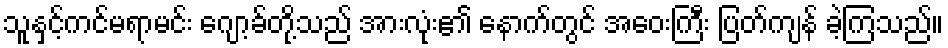
သူနှင့်ကင်မရာမင်း ဂျော့ခ်တို့သည် အားလုံး၏ နောက်တွင် အဝေးကြီး ပြတ်ကျန် ခဲ့ကြသည်။